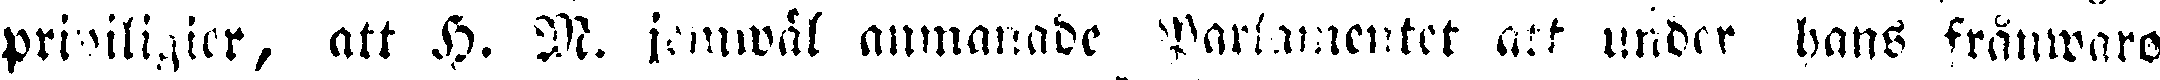
priwiligier, att H. M. somwäl anmanade Parlamentet att under hans frånwaro